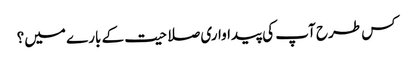
کس طرح آپ کی پیداواری صلاحیت کے بارے میں؟